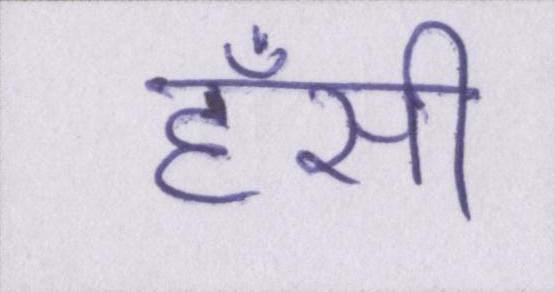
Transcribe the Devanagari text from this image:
हँसी